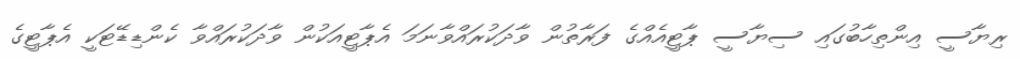
ރިޔާސީ އިންތިހާބުގައި ސިޔާސީ ޕާޓީއެއްގެ ފަރާތުން ވާދަކުރައްވާނަމަ އެޕާޓީއަކުން ވާދަކުރައްވާ ކެންޑިޑޭޓަކީ އެޕާޓީގެ